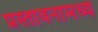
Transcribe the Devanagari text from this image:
प्रस्तावनामध्ये